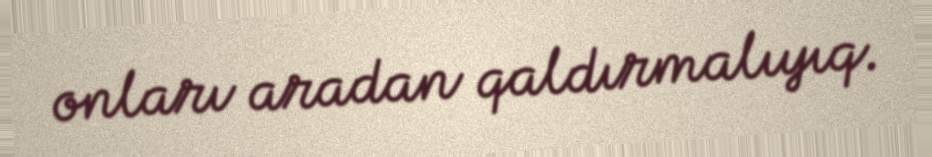
onları aradan qaldırmalıyıq.